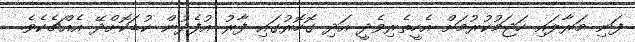
ފަނި މަރާލައި ހަޖަމުކުރުމަށް އެހީތެރިވެދީ އަދި ގޮހޮރުގައި ފާރު އުފެދުން ކުޑަކޮށްދޭ އެއްޗެކެވެ.